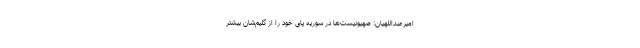
امیرعبداللهیان: صهیونیست‌ها در سوریه پای خود را از گلیم‌شان بیشتر